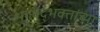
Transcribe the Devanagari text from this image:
भगवद्भक्तांच्या